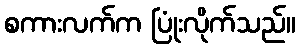
စကားလက်က ပြုံးလိုက်သည်။